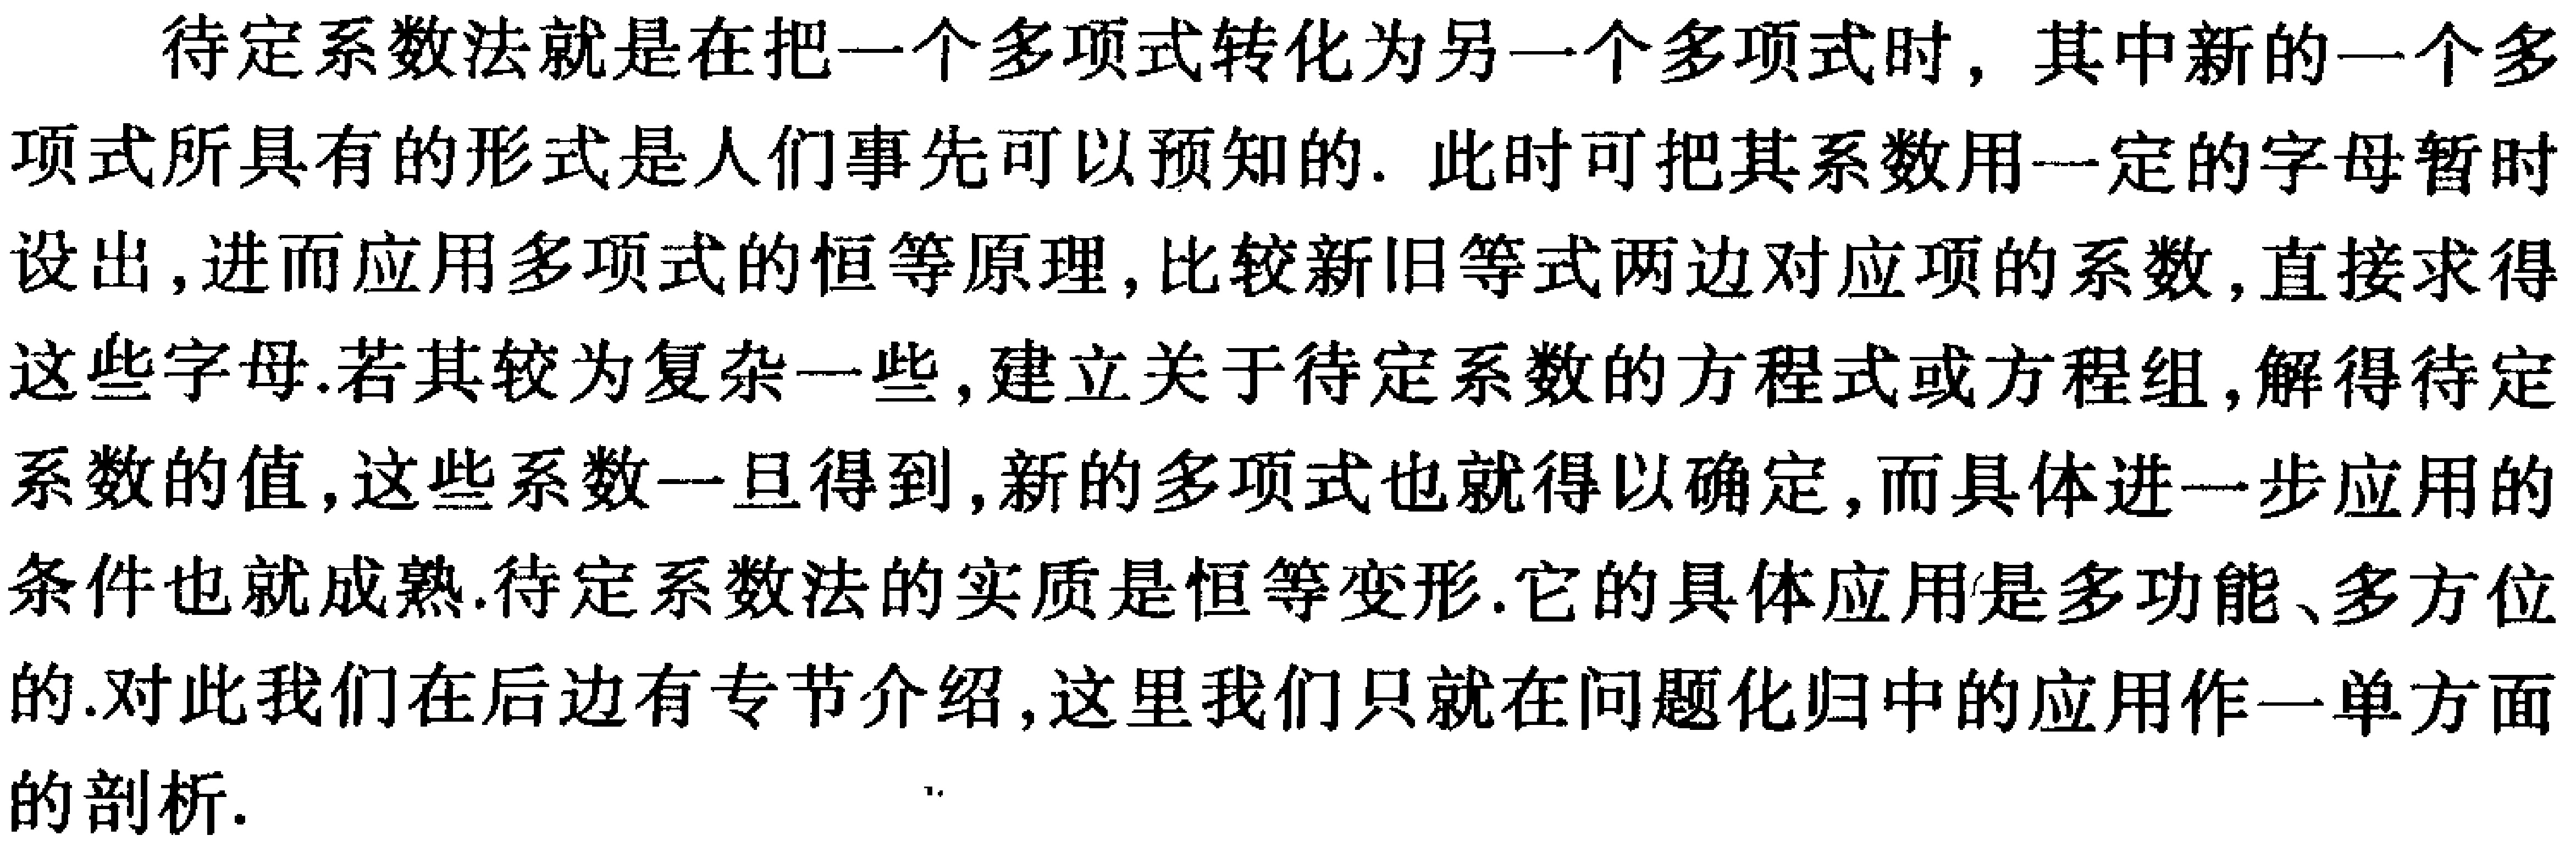
待定系数法就是在把一个多项式转化为另一个多项式时，其中新的一个多项式所具有的形式是人们事先可以预知的. 此时可把其系数用一定的字母暂时设出，进而应用多项式的恒等原理，比较新旧等式两边对应项的系数，直接求得这些字母.若其较为复杂一些，建立关于待定系数的方程式或方程组，解得待定系数的值，这些系数一旦得到，新的多项式也就得以确定，而具体进一步应用的条件也就成熟.待定系数法的实质是恒等变形.它的具体应用是多功能、多方位的.对此我们在后边有专节介绍，这里我们只就在问题化归中的应用作一单方面的剖析.